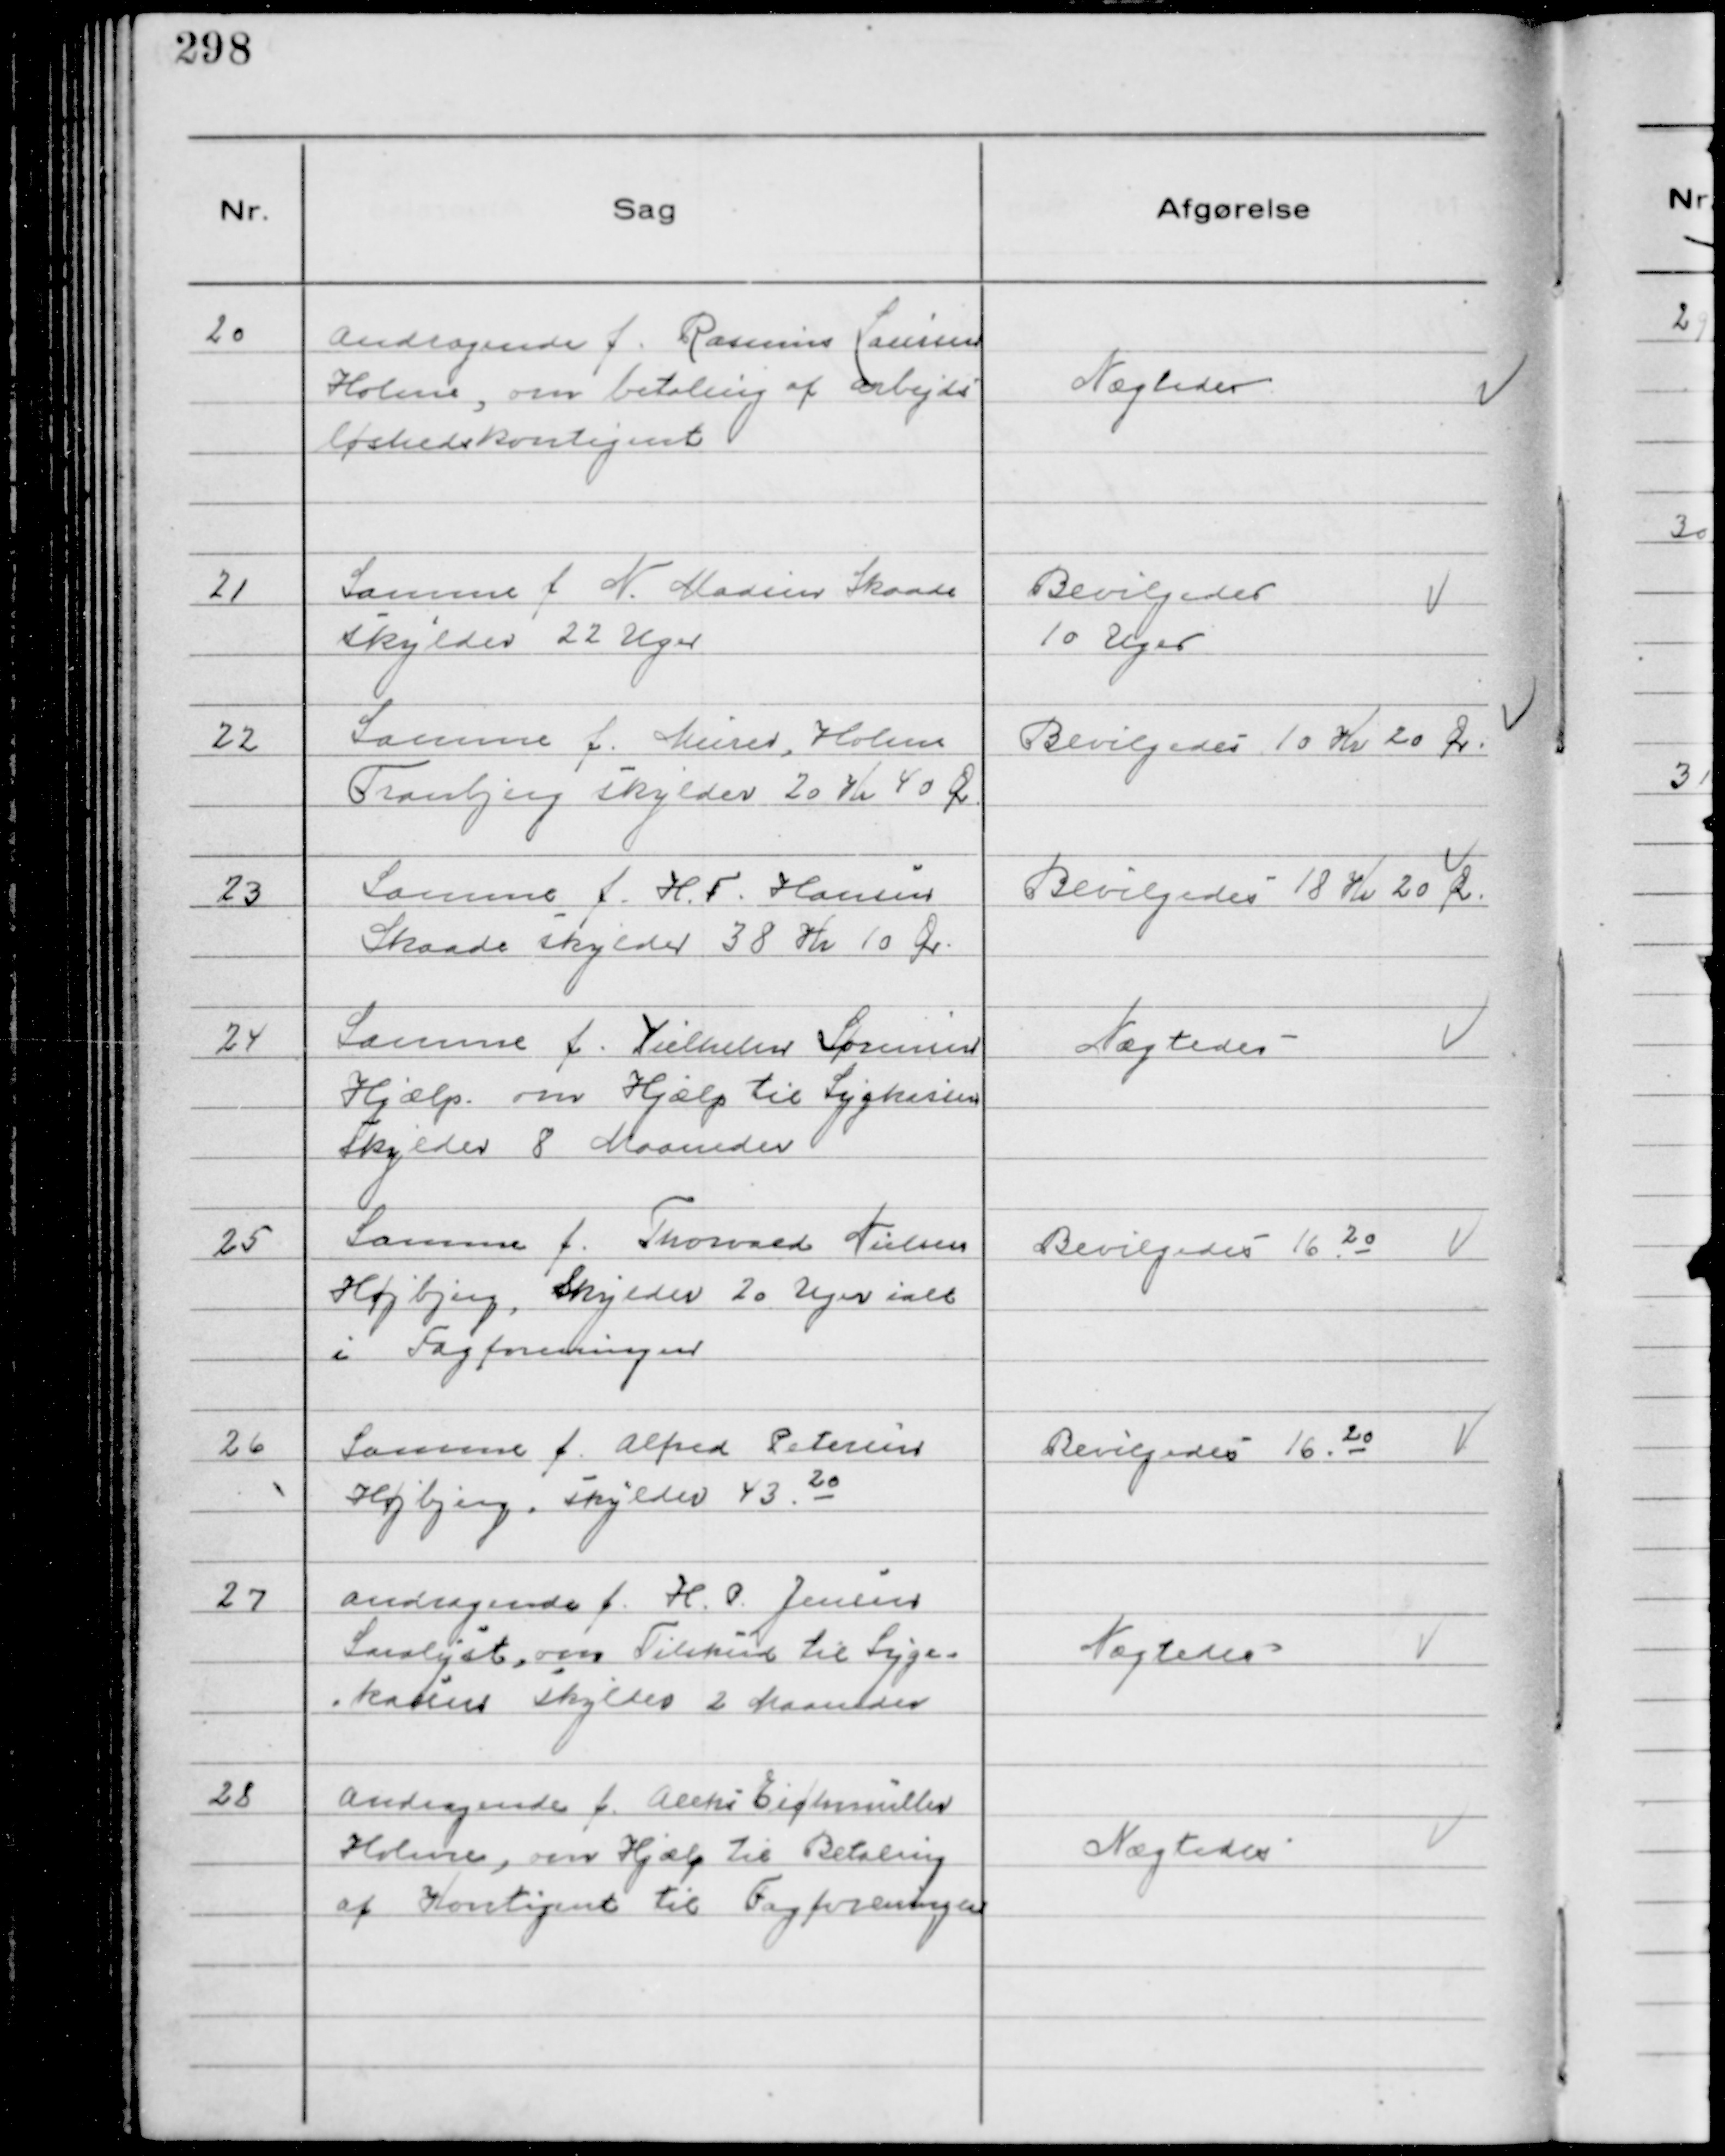
Transskription:
20
Andragende f. Rasmus Laursen
Holme, om betaling af Arbejds
løshedskontigent

Nægtedes

21
Samme f N. Madsen Skaade
skylder 22 Uger

Bevilgedes
10 Uger

22
Samme f. Murer, Holme
Tranbjerg skylder 20 Kr 40 Ør.

Bevilgedes 10 Kr 20 Ør.

23
Samme f. H. F. Hansen
Skaade skylder 38 Kr 10 Ør.

Bevilgedes 18 Kr 20 Ør.

24
Samme f. Vilhelm Sørensen
Hjælp om Hjælp til Sygekassen
Skylder 8 Maaneder

Nægtedes

25
Samme f. Thorvald Nielsen
Højbjerg, Skylder 20 Uger ialt
i Fagforeningen

Bevilgedes 16 20

26
Samme f. Alfred Petersen
Højbjerg, skylder 43 20

Bevilgedes 16 20

27
Andragende f. H. P. Jensen
Saralyst, om Tilskud til Syge-
kassen skylder 2 Maaneder

Nægtedes

28
Andragende f. Aleks Eichmüller
Holme, om Hjælp til Betaling
af Kontigent til Fagforeningen

Nægtedes